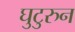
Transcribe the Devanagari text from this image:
घुटुरुन